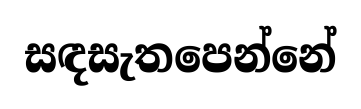
සඳසැතපෙන්නේ